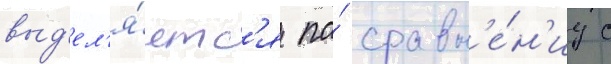
выд'ел'я́етс'я по́ сравн'е́н'иу с